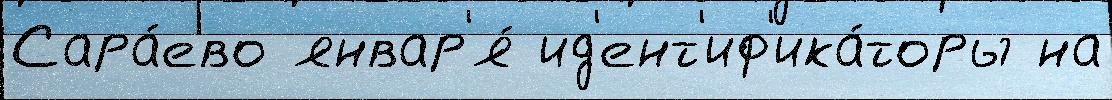
Сара́ево январ'я́ ид'ент'иф'ика́торы на